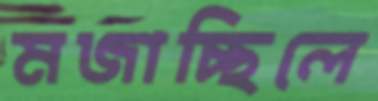
মজাচ্ছিলে